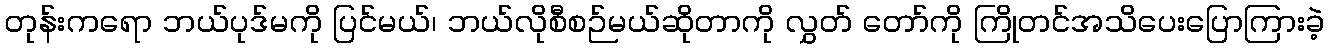
တုန်းကရော ဘယ်ပုဒ်မကို ပြင်မယ်၊ ဘယ်လိုစီစဉ်မယ်ဆိုတာကို လွှတ် တော်ကို ကြိုတင်အသိပေးပြောကြားခဲ့